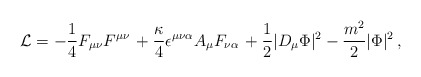
\begin{align*} {\cal L} = -{1 \over 4} F_{\mu \nu} F^{\mu \nu} \, + {\kappa \over 4} \epsilon^{\mu \nu \alpha} A_\mu F_{\nu \alpha} \, + {1 \over 2} |D_\mu \Phi|^2 - \frac{m^2}{2} |\Phi |^2 \, ,\end{align*}